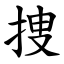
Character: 捜